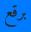
برقع